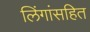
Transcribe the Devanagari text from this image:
लिंगांसहित